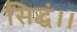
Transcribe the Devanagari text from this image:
सिद्धं।।